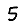
Digit: 5